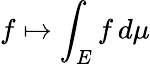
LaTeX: f\mapsto\int_{E}f\, d\mu